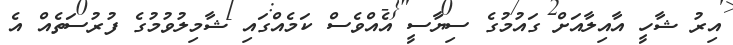
އިރު ޝާހީ އާއިލާއަށް ގައުމުގެ ސިޔާސީ އެއްވެސް ކަމެއްގައި ޝާމިލުވުމުގެ ފުރުސަތެއް އެ